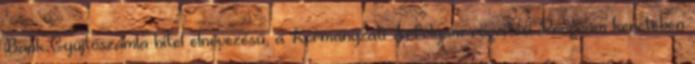
Bank Gyűjtőszámla hitel elnevezésű, a Kormányzati Árfolyam-rögzítési Program keretében